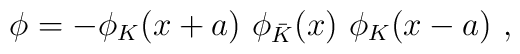
\phi  = - \phi_K (x + a) \ \phi_{\bar K} (x) \ \phi_K (x - a) \ ,